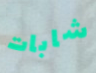
شابات